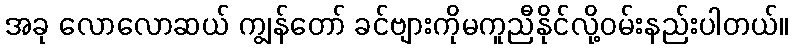
အခု လောလောဆယ် ကျွန်တော် ခင်ဗျားကိုမကူညီနိုင်လို့ဝမ်းနည်းပါတယ်။